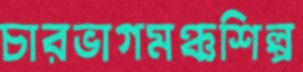
চারভাগমঞ্চশিল্প